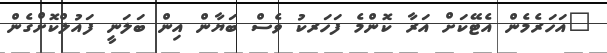
"އަހަރެމެން އެޓޭކަށް އަރާ ކޮންމެ ފަހަރކު ވެސް ބަޔާން އިން ބަލަނީ ފައުލްކޮށްގެން